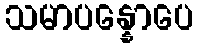
သမာပန္နောပေ